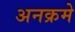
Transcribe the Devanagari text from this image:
अनक्रमे